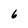
Character: 6